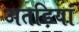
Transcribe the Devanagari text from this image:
अतड़ियां